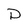
Character: D